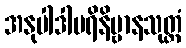
အနုပါဒါပရိနိဗ္ဗာနသုတ္တံ